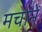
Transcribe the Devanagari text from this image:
मचानें